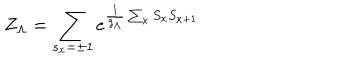
Z _ { \Lambda } = \sum _ { s _ { x } = \pm 1 } e ^ { \frac { 1 } { g _ { \Lambda } } \sum _ { x } S _ { x } S _ { x + 1 } }